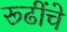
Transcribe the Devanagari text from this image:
रूढींचे